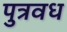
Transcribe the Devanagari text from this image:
पुत्रवध